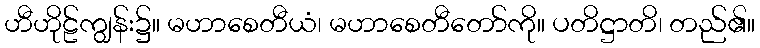
ဟီဟိုဠ်ကျွန်း၌။ မဟာစေတီယံ၊ မဟာစေတီတော်ကို။ ပတိဋ္ဌာတိ၊ တည်၏။